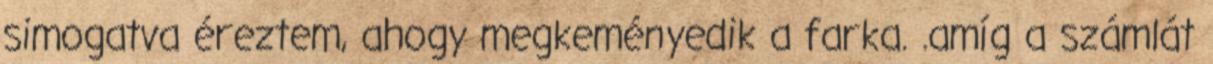
simogatva éreztem, ahogy megkeményedik a farka. .amíg a számlát